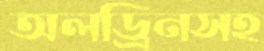
অলড্রিনসহ